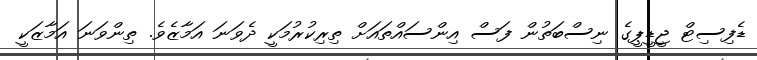
ޑެފިސިޓް ޖީޑީޕީގެ ނިސްބަތުން ފަސް އިންސައްތައަށް ތިރިކުރުމަކީ ދެވަނަ އަމާޒެވެ. ތިންވަނަ އަމާޒަކީ